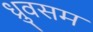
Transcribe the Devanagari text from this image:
ध्रुवसम